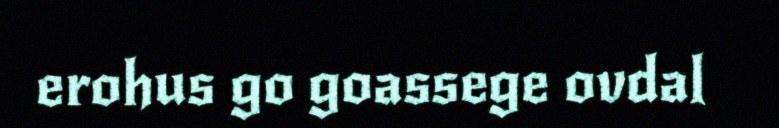
erohus go goassege ovdal